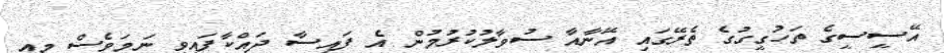
އޭސީސީގެ ތަހުގީގުގެ ތެރޭގައި އޭނާއާ ސުވާލުކުރުމުން އެ ފައިސާ ދައްކާފައިވީ ނަމަވެސް މިއީ